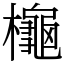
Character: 櫷